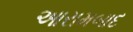
આરામબાદ